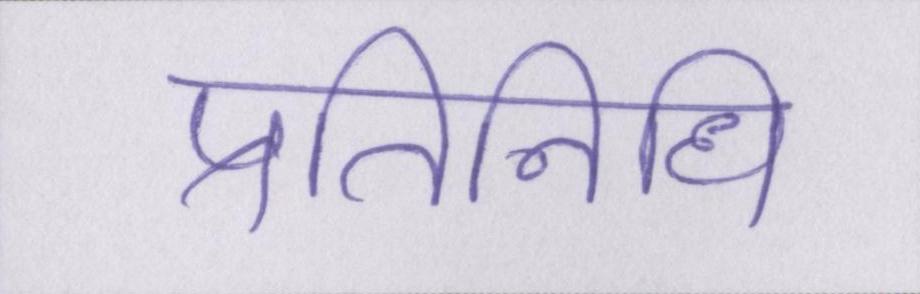
प्रतिनिधि